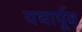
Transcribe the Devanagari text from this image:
यथार्पूव